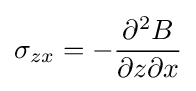
\sigma _{zx}=-{\frac {\partial ^{2}B}{\partial z\partial x}}